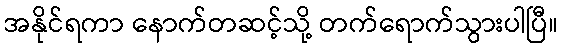
အနိုင်ရကာ နောက်တဆင့်သို့ တက်ရောက်သွားပါပြီ။